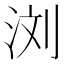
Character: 浏